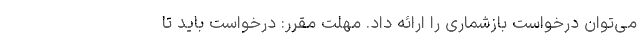
می‌توان درخواست بازشماری را ارائه داد. مهلت مقرر: درخواست باید تا